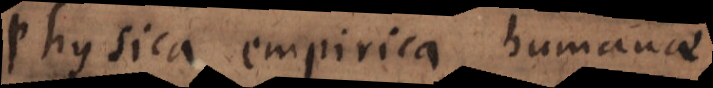
Physica empirica humanae